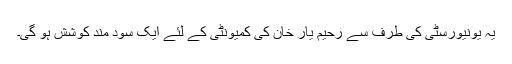
یہ یونیورسٹی کی طرف سے رحیم یار خان کی کمیونٹی کے لئے ایک سود مند کوشش ہو گی۔